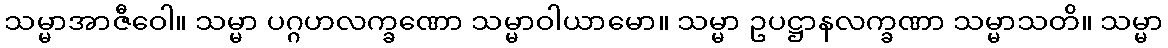
သမ္မာအာဇီဝေါ။ သမ္မာ ပဂ္ဂဟလက္ခဏော သမ္မာဝါယာမော။ သမ္မာ ဥပဋ္ဌာနလက္ခဏာ သမ္မာသတိ။ သမ္မာ